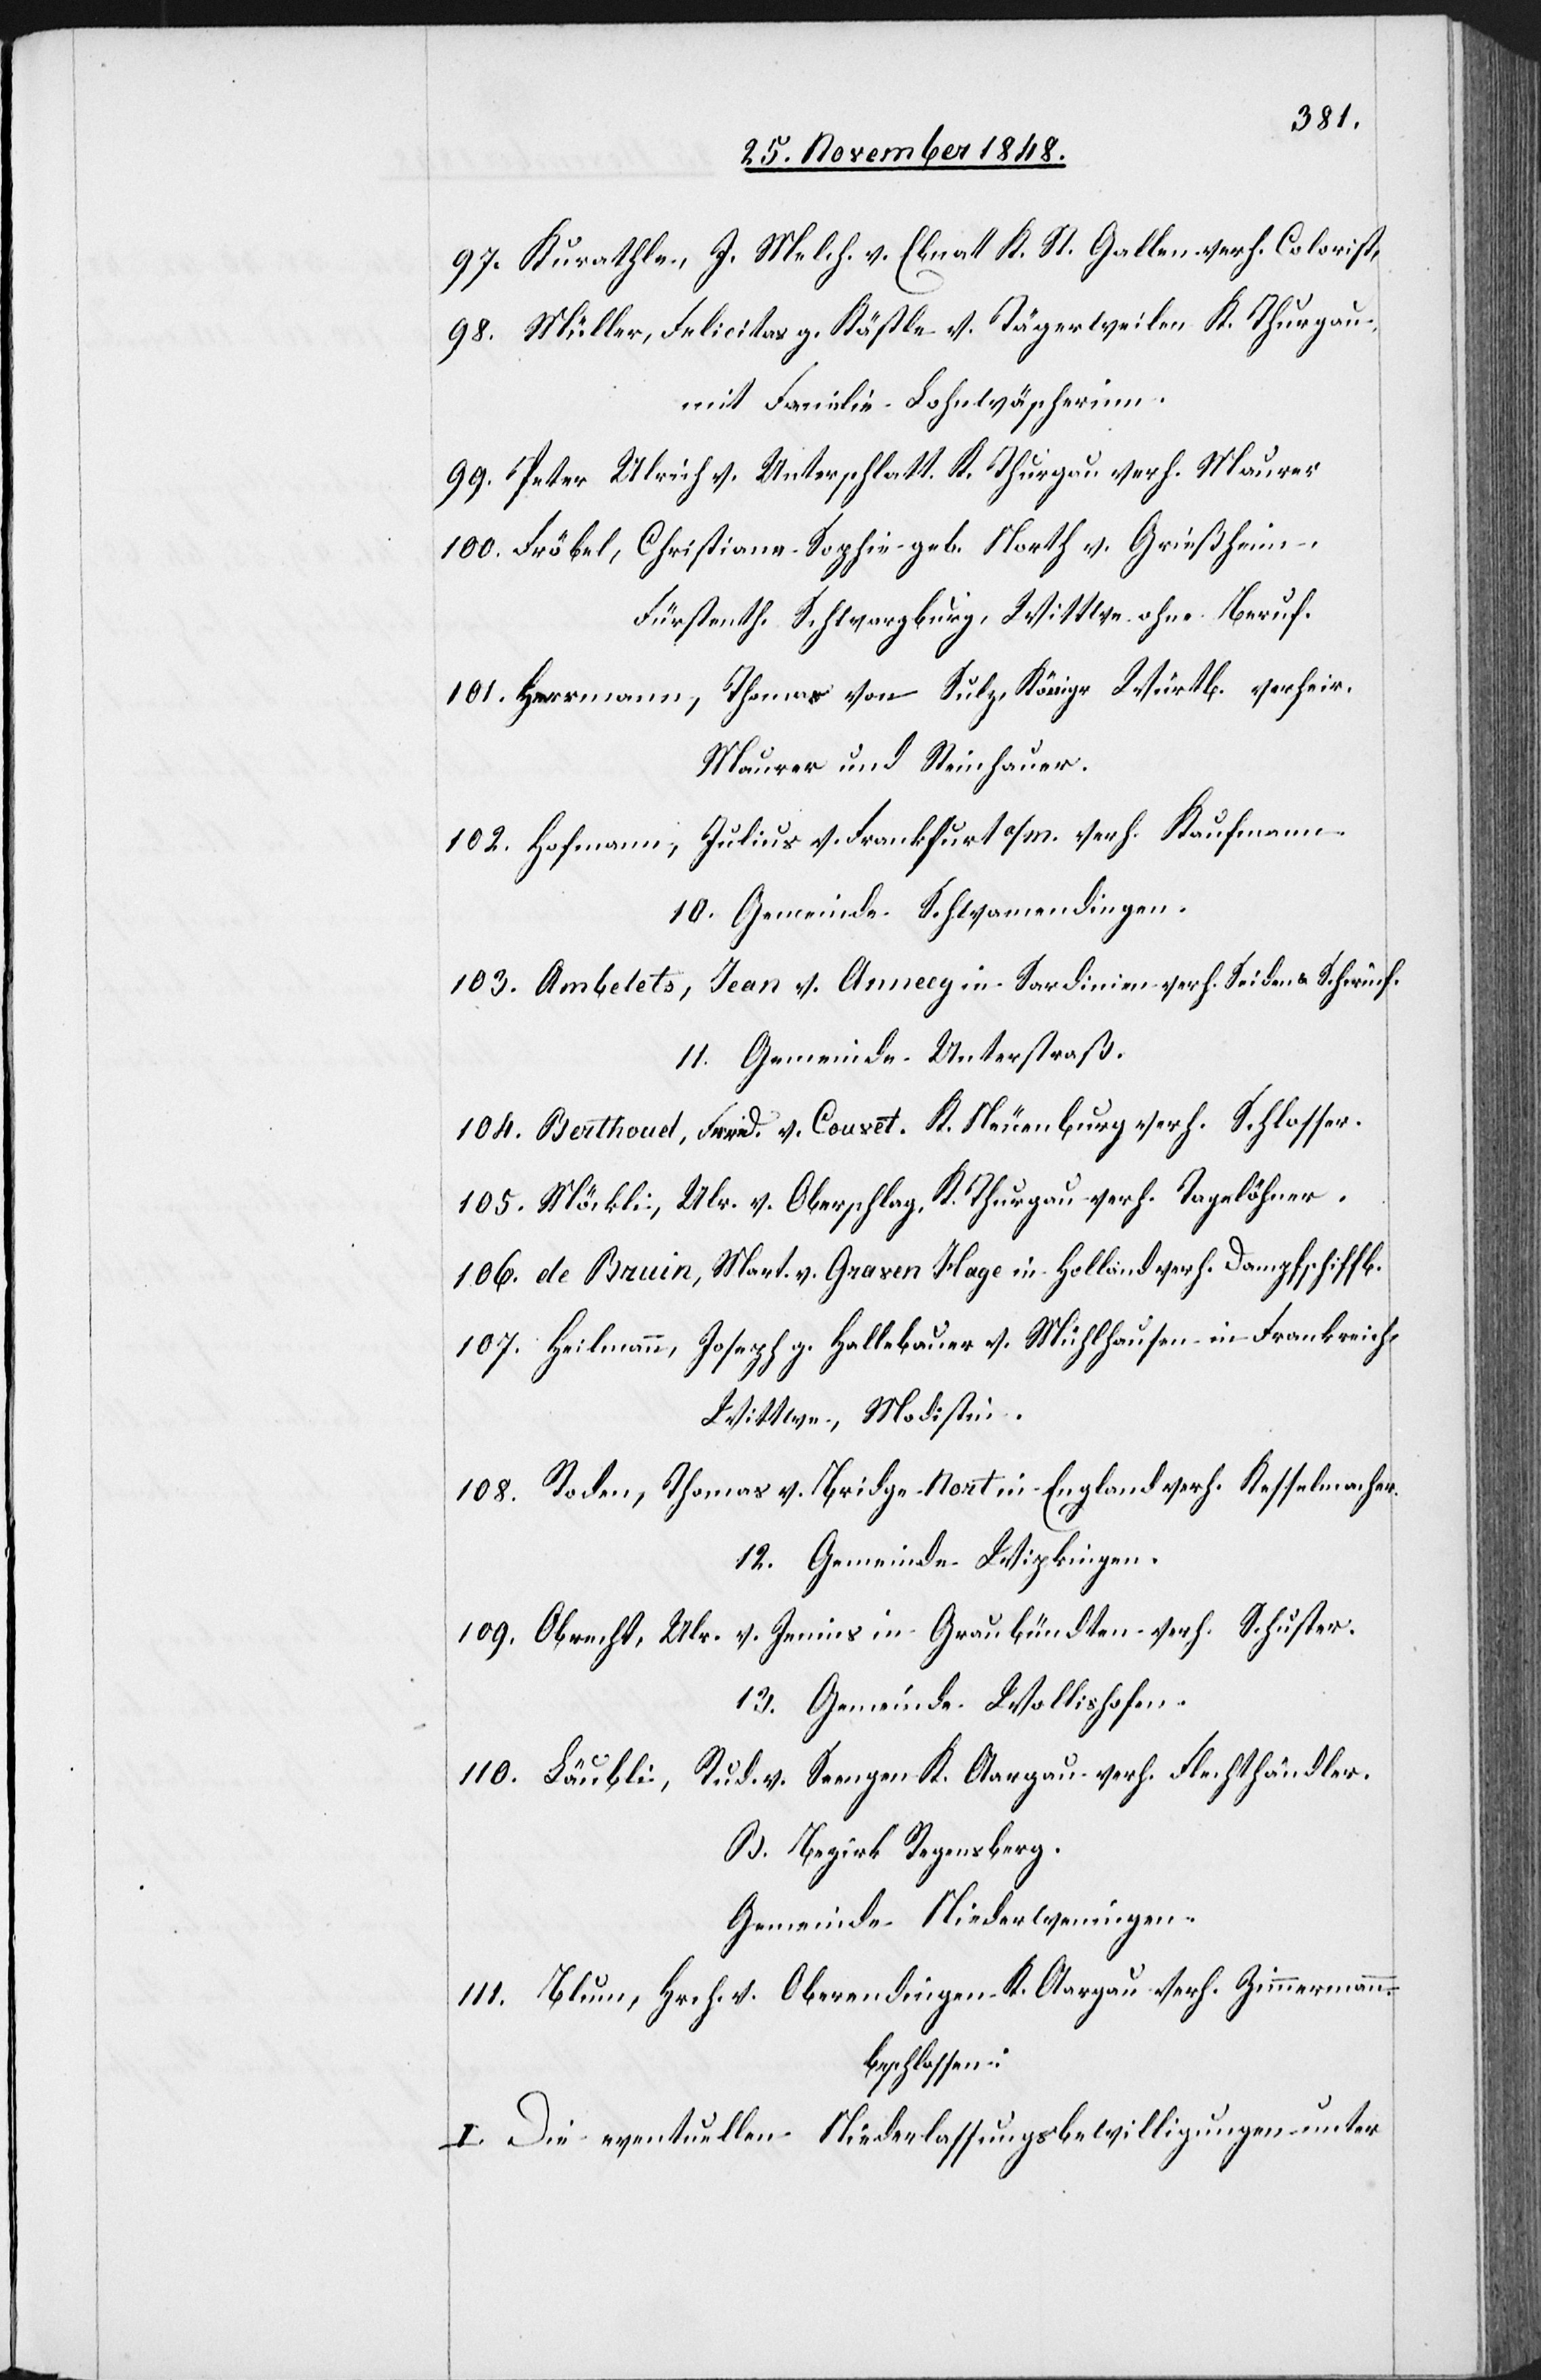
97. Kurathle, J. Melch. v. Ebnat K. St. Gallen verh. Colorist,
98. Müller, Felicitas g. Köstle v. Tägerweilen K. Thurgau,
mit Familie Lohnwäscherinn.
99. Peter Ulrich v. Unterschlatt K. Thurgau verh. Maurer
100. Fröbel, Christiane Sophie geb. North v. Grießheim,
Fürstenth. Schwarzburg, Wittwe ohne Beruf.
101. Heermann, Thomas von Sulz, Königr. Würtb. verheir.
Maurer und Steinhauer.
102. Hofmann, Julius v. Frankfurt a/M. verh. Kaufmann.
10. Gemeinde Schwamendingen.
103. Ambelets, Jean v. Annecy in Sardinien verh. Seiden & [?Schirmf.]
11. Gemeinde Unterstraß.
104. Berthouet, Friedr. v. Couvet. K. Neuenburg verh. Schlosser.
105. Möckli, Ulr. v. Oberschlag. K. Thurgau verh. Tagelöhner.
106. de Bruin, Mart. v. Graven Hage in Holland verh. Dampfschiffb.
107. Heilmann, Joseph g. Hallebauer v. Mühlhausen in Frankreich
Wittwe, Modistin.
108. Roden, Thomas v. Bridge Nortin England verh. Kesselmacher.
12. Gemeinde Wipkingen.
109. Obrecht, Ulr. v. Jenins in Graubündten verh. Schuster.
13. Gemeinde Wollishofen.
110. Läubli, Rud. v. Seengen K. Aargau verh. Flechthändler.
B. Bezirk Regensberg.
Gemeinde Niederweningen.
111. Blum, Hrch. v. Oberendingen K. Aargau verh. Zimmermann.
beschlossen:
I. Die eventuellen Niederlassungsbewilligungen unter